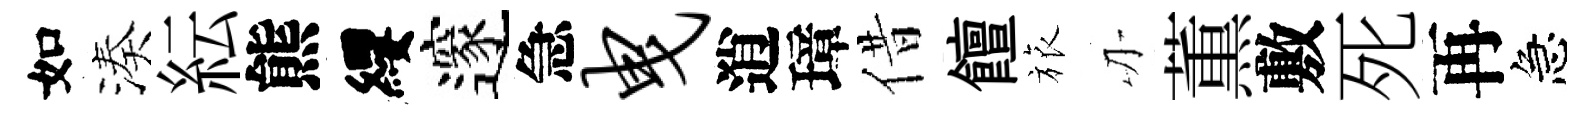
如湊紜熊纓邃急曳逍璋借饘旅刃薫敷死再急